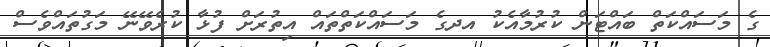
ގެ މަސައްކަތް ބައްޓަން ކުރުމާއެކު އދގެ މަސައްކަތްތައް އިތުރަށް ފުޅާ ކުރެވޭނޭ މަގުތައްވެސް